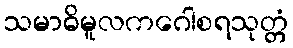
သမာဓိမူလကဂေါစရသုတ္တံ